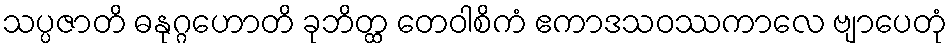
သပ္ပဇာတိ ဓနုဂ္ဂဟောတိ ခုဘိတ္ထ တေဝါစိကံ ဧကာဒသဝဿကာလေ ဗျာပေတုံ